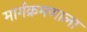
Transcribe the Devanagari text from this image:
मार्गक्रमणाला